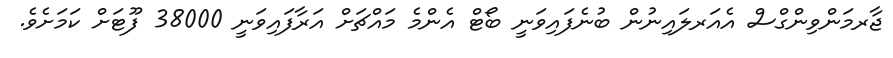
ޖާރމަންވިންގްސް އެއަރލައިނުން ބުނެފައިވަނީ ބޯޓް އެންމެ މައްޗަށް އަރާފައިވަނީ 38000 ފޫޓަށް ކަމަށެވެ.